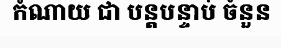
កំណាយ ជា បន្តបន្ទាប់ ចំនួន